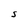
Character: S